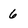
Character: 6